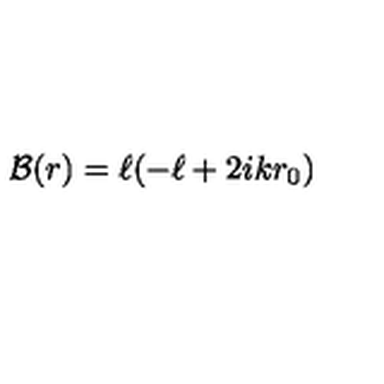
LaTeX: { \cal B } ( r ) = \ell ( - \ell + 2 i k r _ { 0 } )